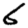
Digit: 6